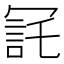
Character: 㓃